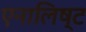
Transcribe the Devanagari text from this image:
एनालिष्ट